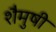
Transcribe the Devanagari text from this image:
शैमुषी